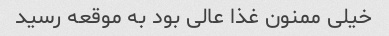
خیلی ممنون غذا عالی بود به موقعه رسید